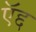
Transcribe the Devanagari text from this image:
ऍद्द